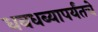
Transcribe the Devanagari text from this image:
धबधब्यापर्यंतचे